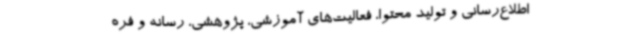
اطلاع‌رسانی و تولید محتوا، فعالیت‌های آموزشی، پژوهشی، رسانه و فره